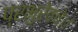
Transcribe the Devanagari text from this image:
प्रभुरेवचे।।